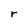
Character: r